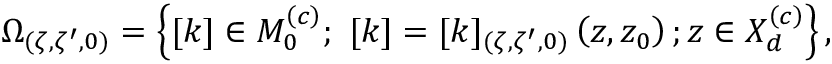
\Omega _ { ( \zeta , \zeta ^ { \prime } , 0 ) } = \left\{ [ k ] \in M _ { 0 } ^ { \left( c \right) } ; \ [ k ] = [ k ] _ { ( \zeta , \zeta ^ { \prime } , 0 ) } \left( z , z _ { 0 } \right) ; z \in X _ { d } ^ { \left( c \right) } \right\} ,